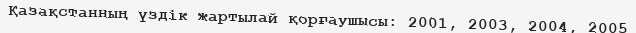
Қазақстанның үздік жартылай қорғаушысы: 2001, 2003, 2004, 2005